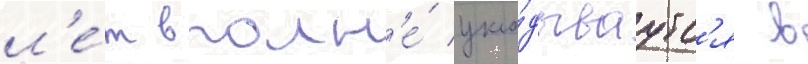
л'е́т вполн'е́ укла́дываутс'я в